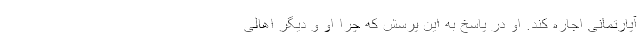
آپارتمانی اجاره کند. او در پاسخ به این پرسش که چرا او و دیگر اهالی